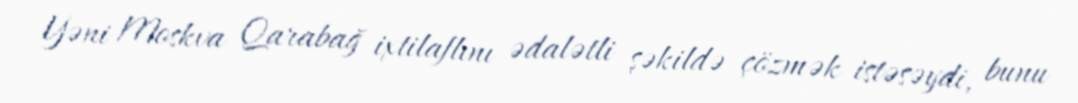
Yəni Moskva Qarabağ ixtilaflını ədalətli şəkildə çözmək istəsəydi, bunu